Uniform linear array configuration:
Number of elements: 12
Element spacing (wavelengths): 0.75
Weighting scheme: uniform
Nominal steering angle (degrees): -15
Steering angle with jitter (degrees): -13.027
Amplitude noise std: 0.05
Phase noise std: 0.05

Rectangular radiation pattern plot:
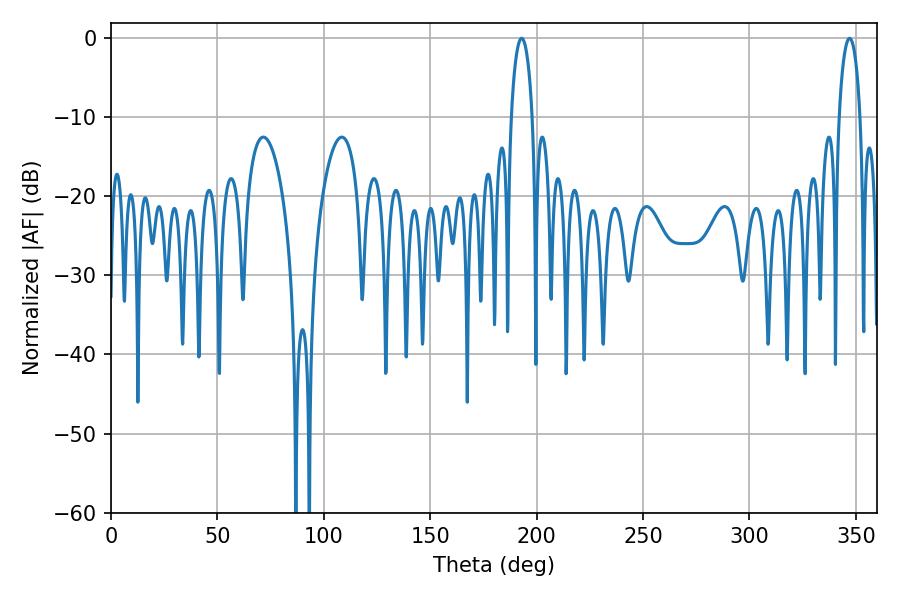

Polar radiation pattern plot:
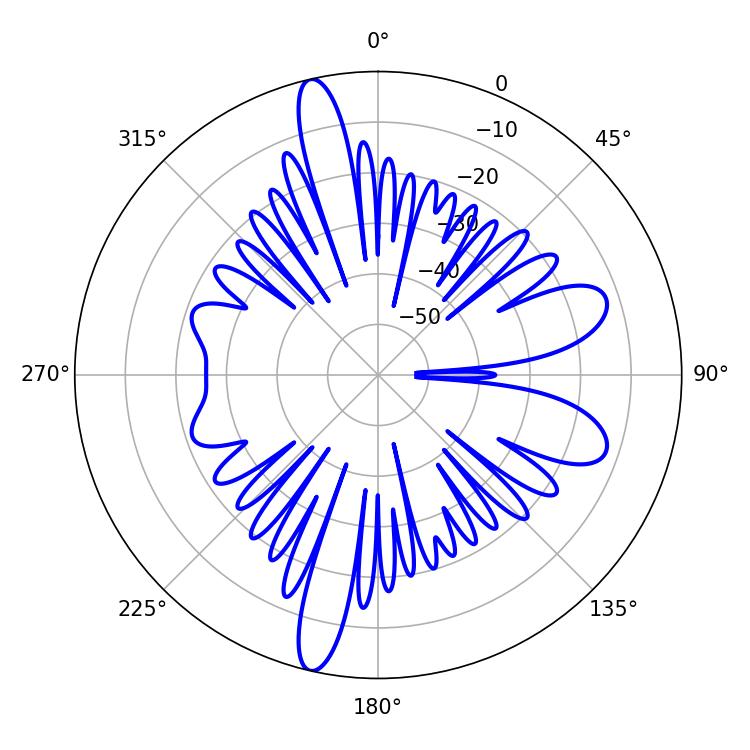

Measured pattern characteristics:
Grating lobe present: TRUE
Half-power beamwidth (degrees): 5.76
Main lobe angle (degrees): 192.96